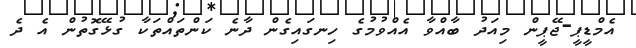
އެމްޑީޕީ-ޖޭޕީން މިއަދު ބާއްވާ އެއްވުމުގެ ހިނގައިގެން ދާނެ ކަންތައްތަކާ ގުޅޭގޮތުން އެ ދެ